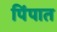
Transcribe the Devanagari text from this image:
पिंपात